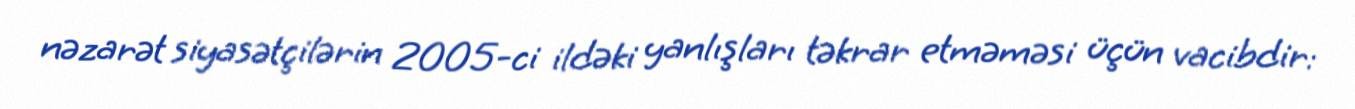
nəzarət siyasətçilərin 2005-ci ildəki yanlışları təkrar etməməsi üçün vacibdir: